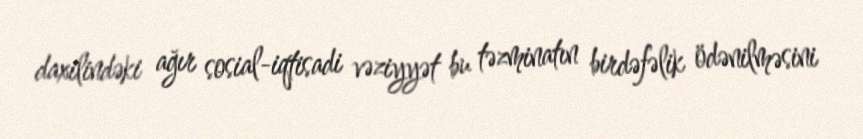
daxilindəki ağır sosial-iqtisadi vəziyyət bu təzminatın birdəfəlik ödənilməsini